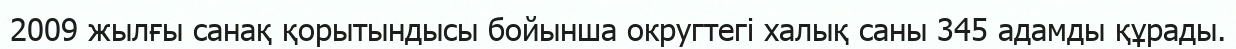
2009 жылғы санақ қорытындысы бойынша округтегі халық саны 345 адамды құрады.